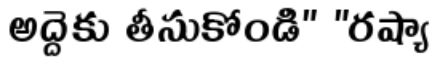
అద్దెకు తీసుకోండి" "రష్యా